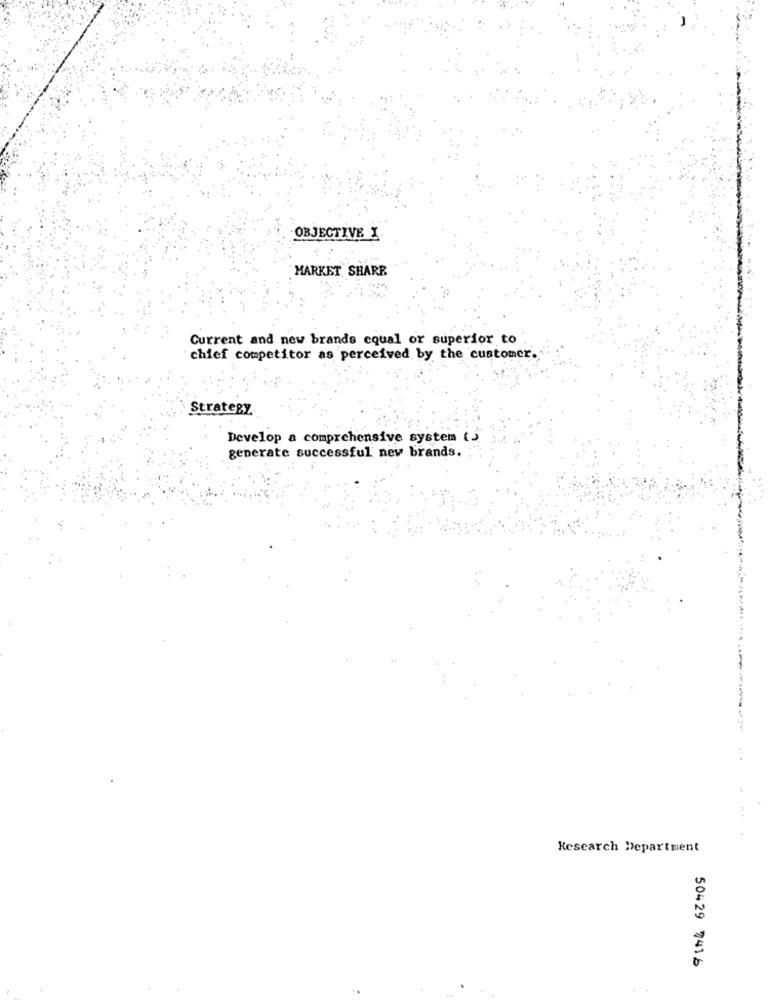
OBJECTIVE I
MARKET SHARE
Current and new brands cqual or superior to
chief competitor as perceived by the customer.
Strategy
Develop a comprehensive system (5
generate successful new brands.
. .
Research Department
50429 7416
. .